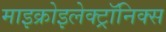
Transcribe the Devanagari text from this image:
माइक्रोइलेक्ट्रॉनिक्स